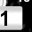
Digit: 1